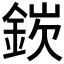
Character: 𬫘